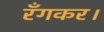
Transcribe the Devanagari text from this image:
रँगकर।